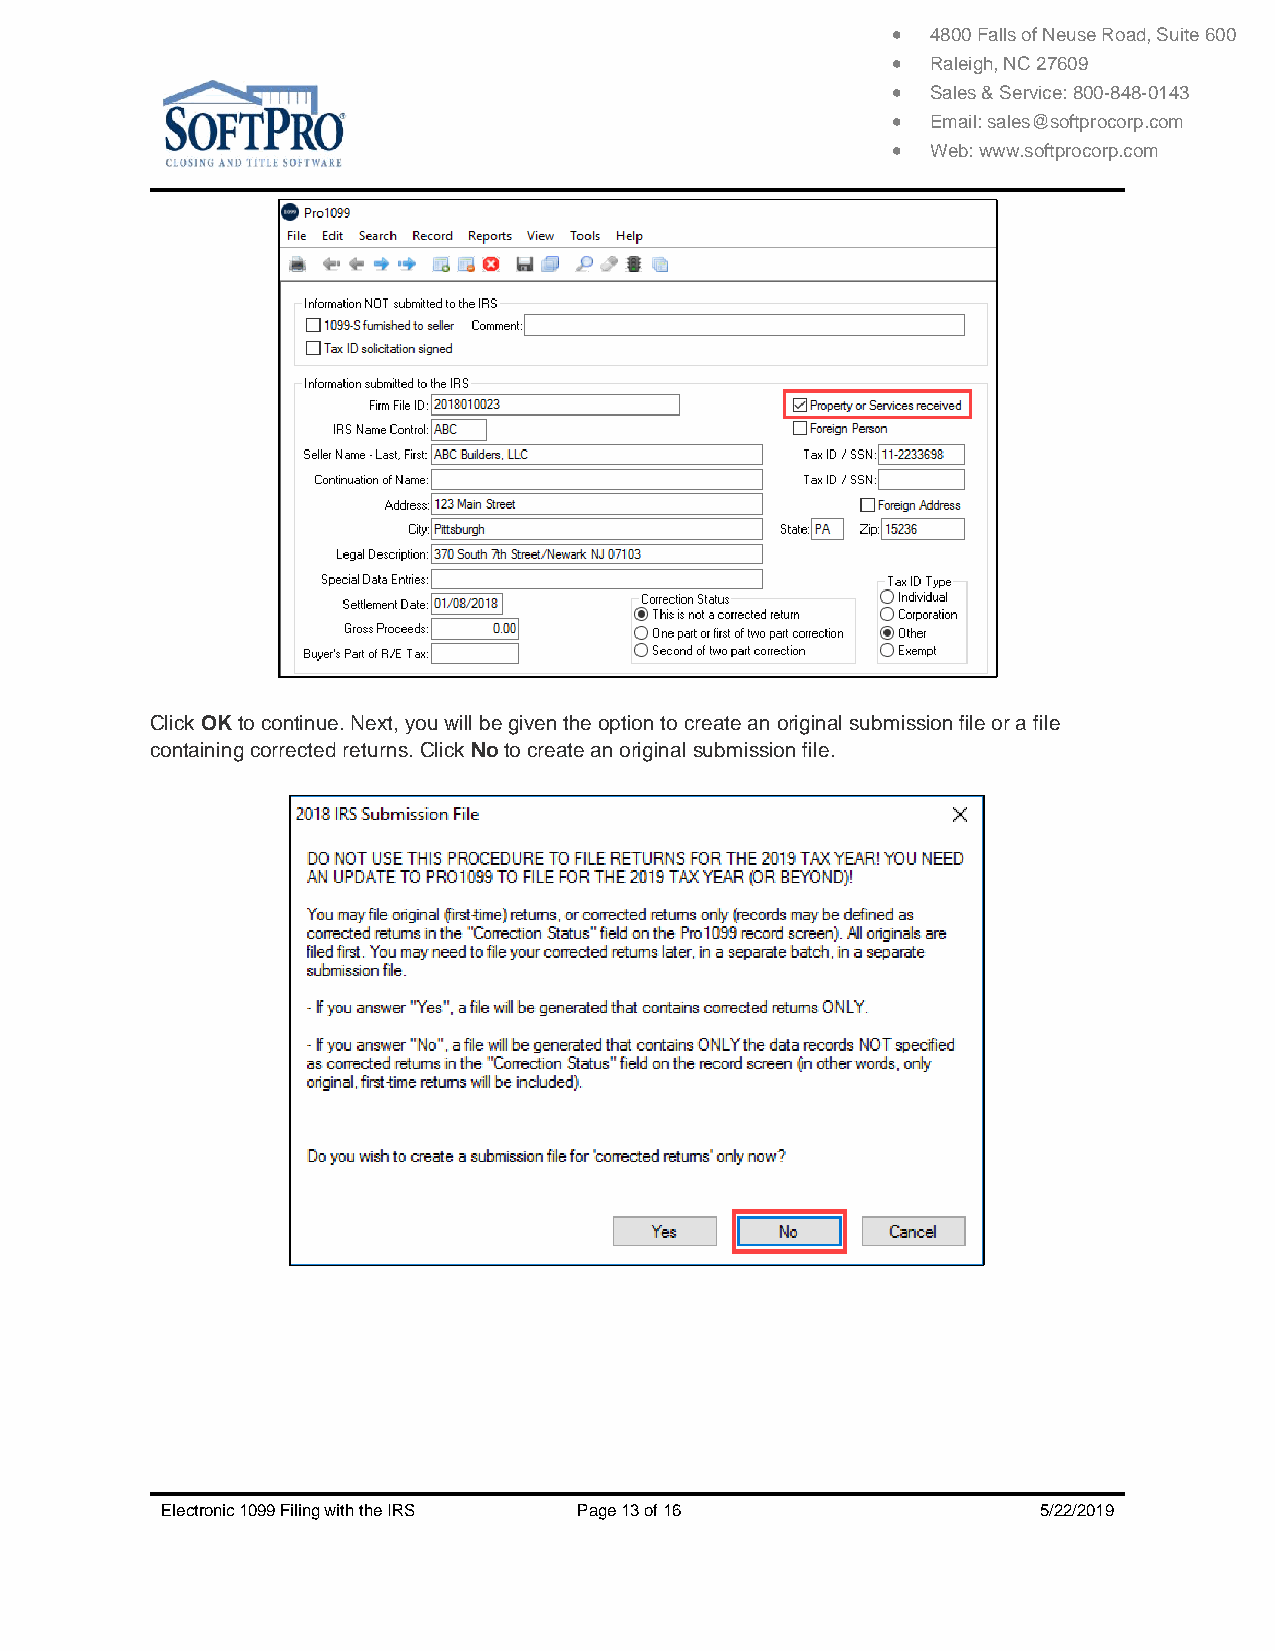
  4800 Falls of Neuse Road, Suite 600
   Raleigh, NC 27609
   Sales & Service: 800-848-0143
   Email: sales@softprocorp.com
   Web: www.softprocorp.com
 Click OK to continue. Next, you will be given the option to create an original submission file or a file
 containing corrected returns. Click No to create an original submission file.
 Electronic 1099 Filing with the IRS Page 13 of 16         5/22/2019